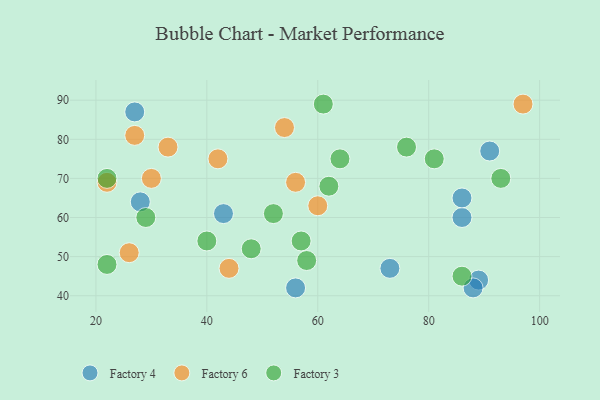
{"axis": {"x": "GDP", "y": "Life Expectancy"}, "legend": ["Factory 3", "Factory 4", "Factory 6"], "data": [{"x": "89", "y": 44, "type": "Factory 4"}, {"x": "28", "y": 64, "type": "Factory 4"}, {"x": "73", "y": 47, "type": "Factory 4"}, {"x": "27", "y": 87, "type": "Factory 4"}, {"x": "43", "y": 61, "type": "Factory 4"}, {"x": "91", "y": 77, "type": "Factory 4"}, {"x": "86", "y": 60, "type": "Factory 4"}, {"x": "86", "y": 65, "type": "Factory 4"}, {"x": "56", "y": 42, "type": "Factory 4"}, {"x": "88", "y": 42, "type": "Factory 4"}, {"x": "56", "y": 69, "type": "Factory 6"}, {"x": "42", "y": 75, "type": "Factory 6"}, {"x": "60", "y": 63, "type": "Factory 6"}, {"x": "26", "y": 51, "type": "Factory 6"}, {"x": "97", "y": 89, "type": "Factory 6"}, {"x": "27", "y": 81, "type": "Factory 6"}, {"x": "54", "y": 83, "type": "Factory 6"}, {"x": "44", "y": 47, "type": "Factory 6"}, {"x": "30", "y": 70, "type": "Factory 6"}, {"x": "33", "y": 78, "type": "Factory 6"}, {"x": "22", "y": 69, "type": "Factory 6"}, {"x": "93", "y": 70, "type": "Factory 3"}, {"x": "86", "y": 45, "type": "Factory 3"}, {"x": "22", "y": 70, "type": "Factory 3"}, {"x": "81", "y": 75, "type": "Factory 3"}, {"x": "40", "y": 54, "type": "Factory 3"}, {"x": "61", "y": 89, "type": "Factory 3"}, {"x": "62", "y": 68, "type": "Factory 3"}, {"x": "48", "y": 52, "type": "Factory 3"}, {"x": "52", "y": 61, "type": "Factory 3"}, {"x": "76", "y": 78, "type": "Factory 3"}, {"x": "57", "y": 54, "type": "Factory 3"}, {"x": "22", "y": 48, "type": "Factory 3"}, {"x": "29", "y": 60, "type": "Factory 3"}, {"x": "64", "y": 75, "type": "Factory 3"}, {"x": "58", "y": 49, "type": "Factory 3"}]}